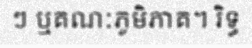
ៗ ឬគណៈភូមិភាគ។ រិទ្ធ